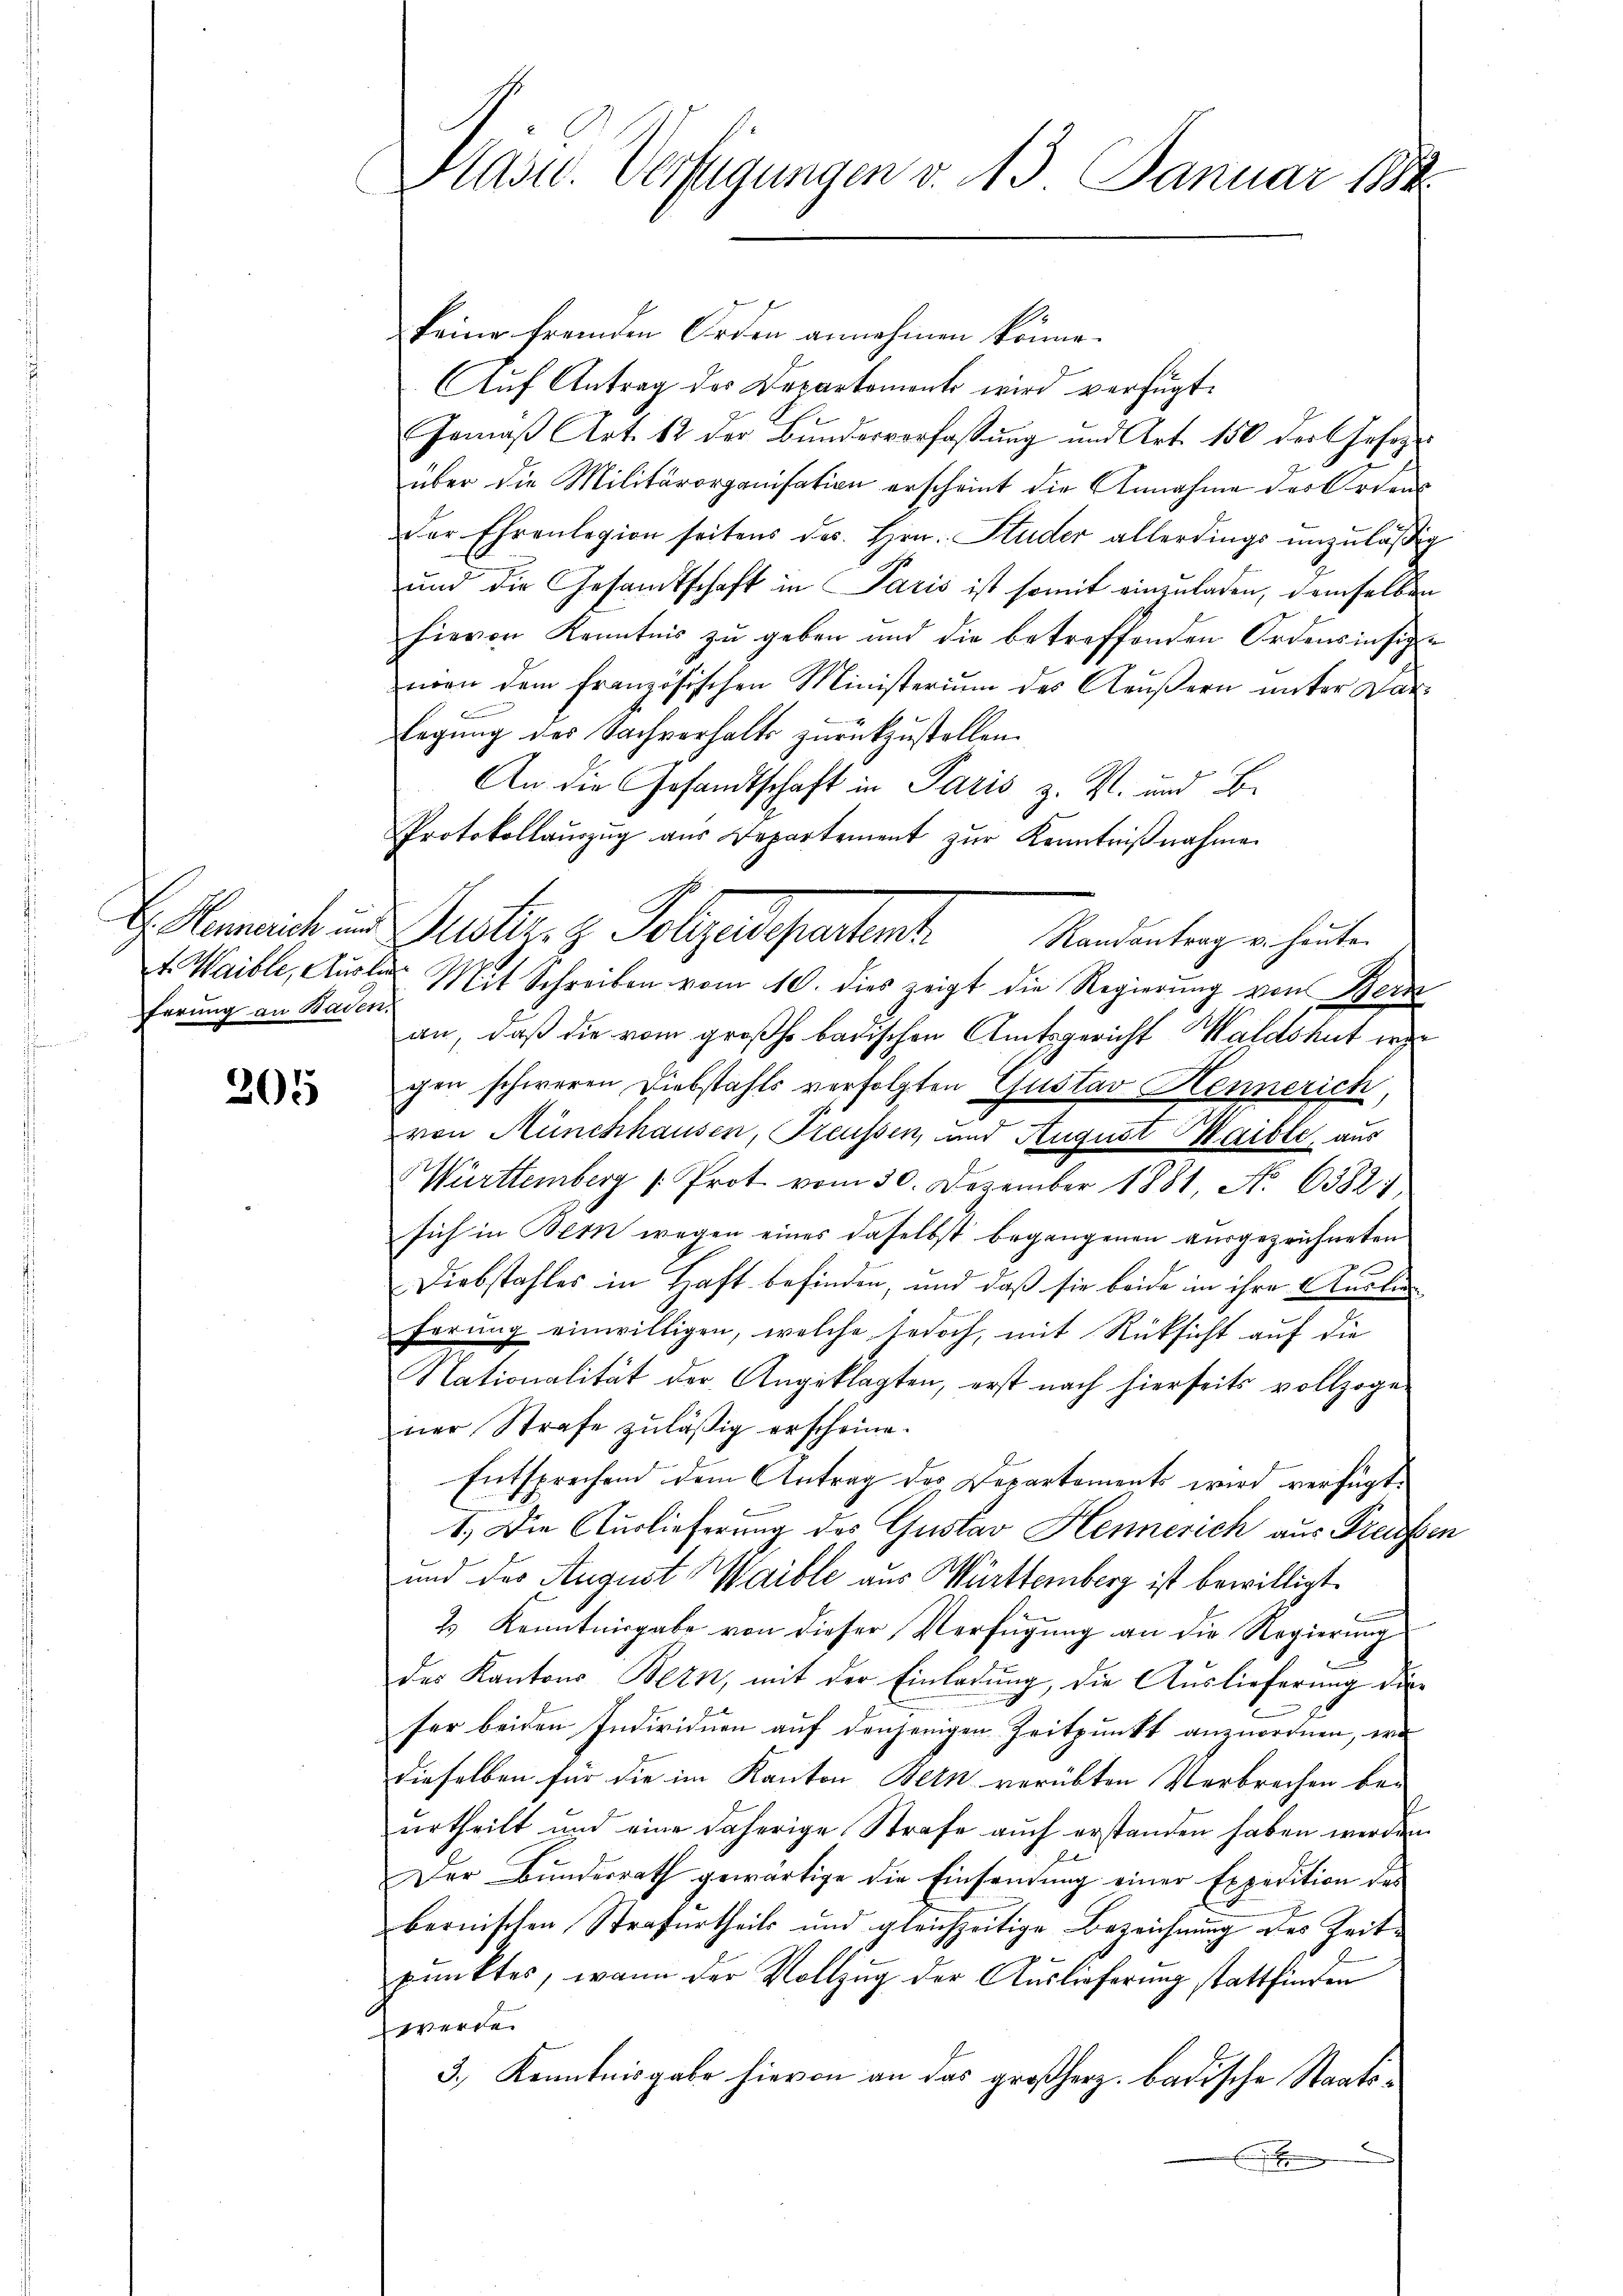
ferung an Baden,

205

keine fremden Orden annehmen könne.
Aŭf Antrag des Departement wird verfügt:
Gemäβ Art. 12 der Bŭndesverfassung und Art. 150 der Geseze
über die Militärorganisation erscheint die Annahme des Orden
der Ehrenlegion seitens des Hrn. Studer allerdings unzuläßig
und die Gesandtschaft in Paris ist somit einzuladen, demselben
hievon Kenntnis zŭ geben und die betreffenden Ordensinsige
man dem französischen Ministerium des Aeŭβern ŭnter Dar-
E
legung des Sachverhalts zurückzustellen.
An die Gesandtschaft in Paris z. R. und B
Protokollaŭszŭg aŭs Departement zŭr Kenntniβnahme
G. bereiche in Guster z. Polyedepartant.
Randantrag u. heute
t. Waible, Aŭsler Mit Schreiben vom 10. dies zeigt die Regierŭng von Bern
an, daß die vom großh. badischen Amtsgericht Waldshut erge
gen schweren Diebstahls verfolgten Gustav Hennerich,
von Münchhausen, Preussen, und August Maible, aus
Württemberg /: Prot. vom 30. Dezember 1881, No. 63821,
sich in Bern wegen eines daselbst begangenen ausgezeichneten
Diebstahles in Haft befinden, und daß sie beide in ihre Ausbe
ferung einwilligen, welche jedoch, mit Rücksicht auf die
Nationalität der Angeklagten, erst nach hierseits vollzoge
ner Strafe zuläßig erscheine.
Entsprechend dem Antrag des Departaments wird verfügt:
1.) Die Auslieferung des Gustav Hennerich aus Preissen
und des August Maible aus Württemberg ist bewilligt.
2.) Kenntnisgabe von dieser Verfügung an die Regierung
des Kantons Bern, mit der Einladung, die Auslieferung die
fer beiden Individuen auf denjenigen Zeitpunkt anzuordnen, wo
dieselben für die im Kanton Bern verübten Verbrechen be-
urtheilt und eine daherige Strafe auch erstanden haben werden
Der Bundesrath gewärtige die Einsendung einer Expedition des
bernischen Strafurtheils und gleichzeitige Bezeichnung des Zeite
punktes, wenn der Vollzug der Auslieferung stattfinden
werde.
3.) Kenntnisgabe hievon an das großherz. badische Staats¬
E

Plast. Verfügungen v. 15. Januar 1888.